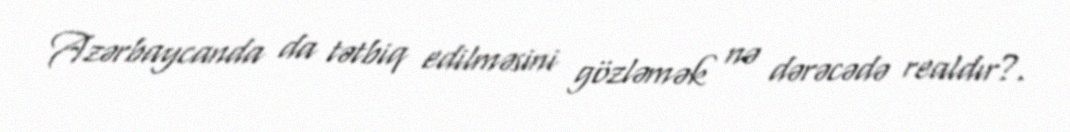
Azərbaycanda da tətbiq edilməsini gözləmək nə dərəcədə realdır?.